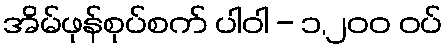
အိမ်ဖုန်စုပ်စက် ပါဝါ - ၁,၂၀၀ ဝပ်